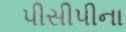
પીસીપીના